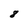
Character: 8